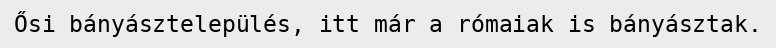
Ősi bányásztelepülés, itt már a rómaiak is bányásztak.